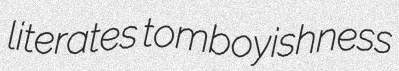
literates tomboyishness